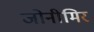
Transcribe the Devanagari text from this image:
जोनीमिर